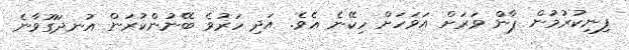
ފިނިކުރުމުން ޕާން ވަރަށް އަވަހަށް ހިކޭނެ އެވެ. އަދި ހަރުވެ ބޭނުންކުރަން އުނދަގޫވާނެ